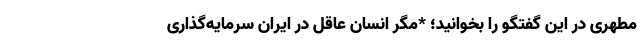
مطهری در این گفتگو را بخوانید؛ *مگر انسان عاقل در ایران سرمایه‌گذاری